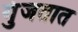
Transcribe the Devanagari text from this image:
गुंजतात